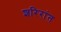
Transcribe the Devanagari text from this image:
शरिरांत